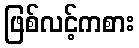
ဖြစ်လင့်ကစား